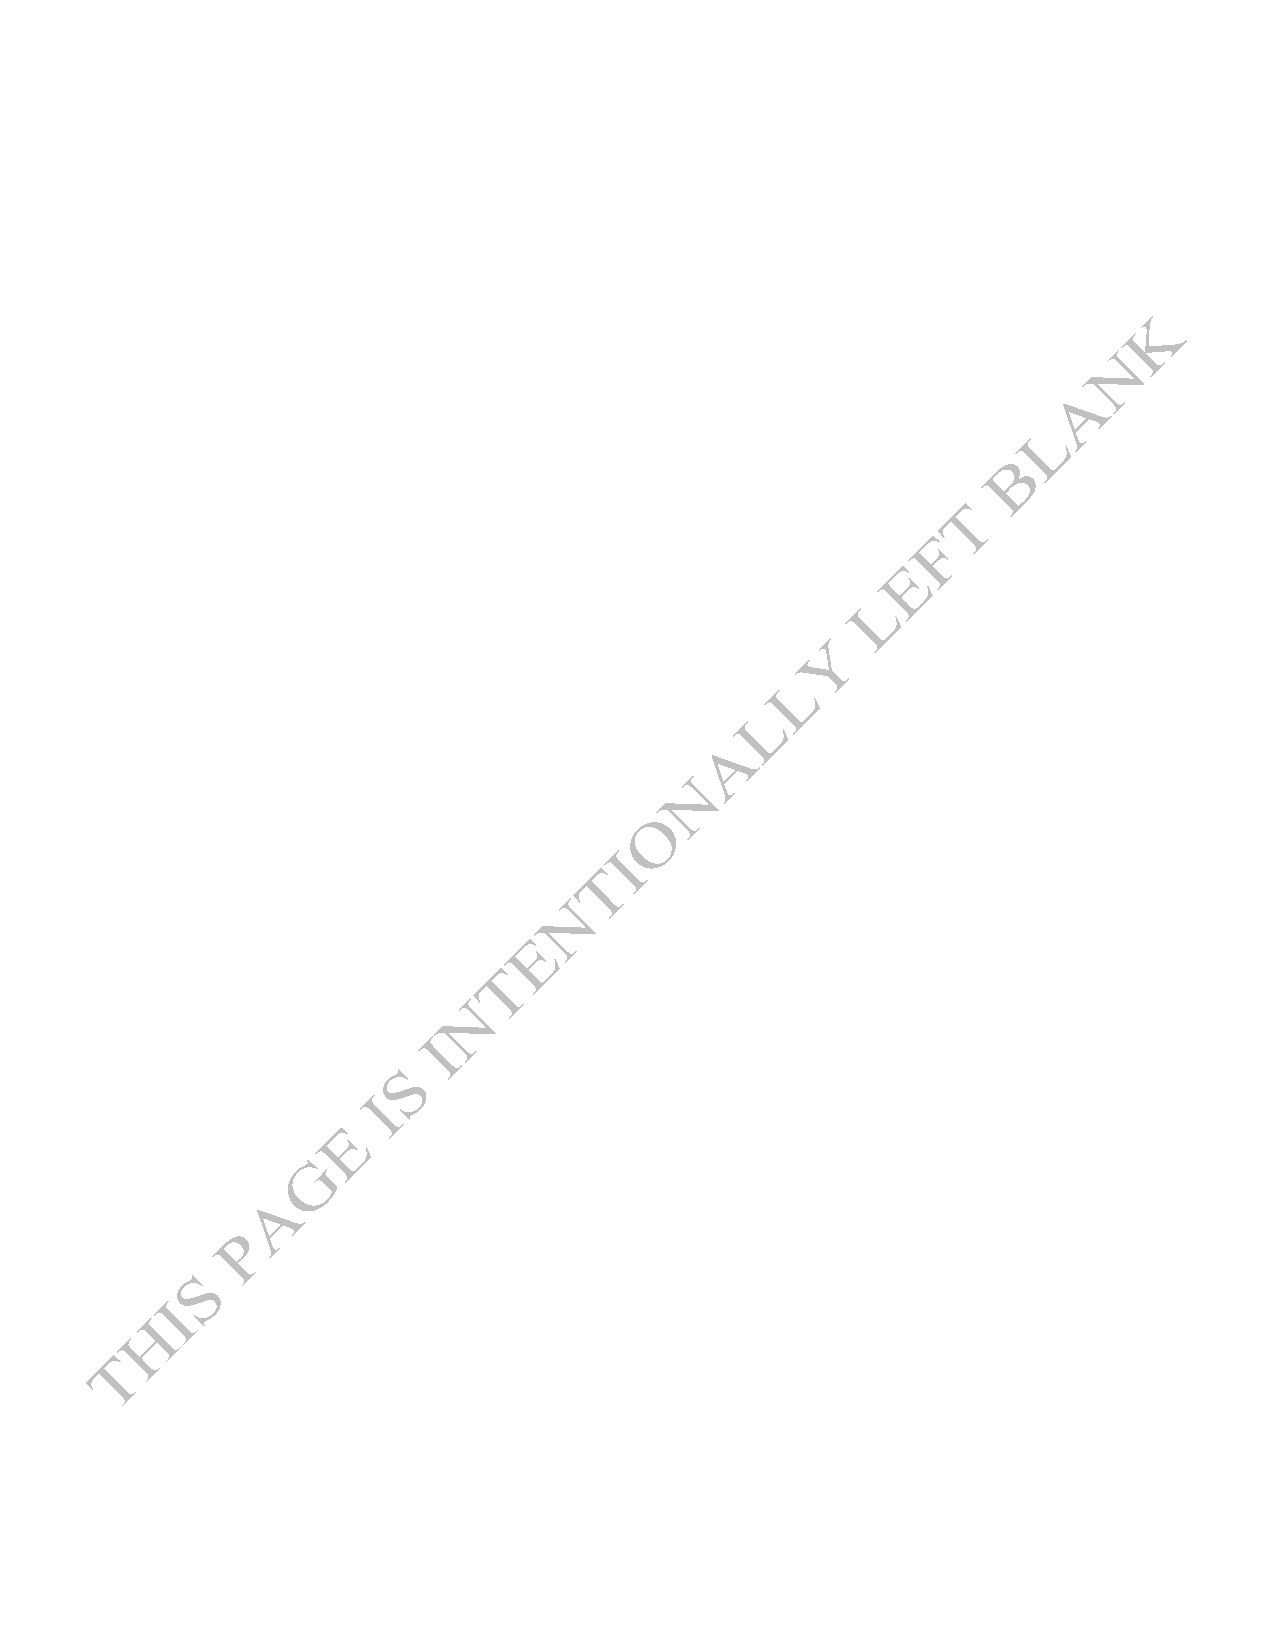
Onesource Ideas Venture Limited                      26th Annual Report